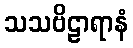
သသဗိဠာရာနံ